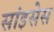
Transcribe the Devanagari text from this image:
सांइसेस